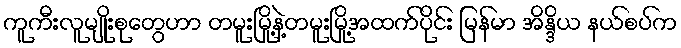
ကူကီးလူမျိုးစုတွေဟာ တမူးမြို့နဲ့တမူးမြို့အထက်ပိုင်း မြန်မာ အိန္ဒိယ နယ်စပ်က